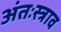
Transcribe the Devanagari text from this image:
अंतःस्त्राव